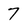
Character: 7